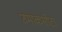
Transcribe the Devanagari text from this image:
उमाकसोटा